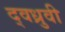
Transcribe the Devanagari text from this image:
द्वध्रुवी